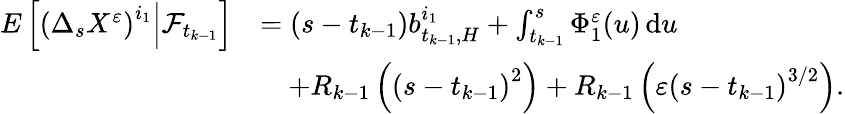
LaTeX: \begin{array}{rl}{E\left[\left(\Delta_{s}X^{\varepsilon}\right)^{i_{1}}\Big|\mathcal{F}_{t_{k-1}}\right]}&{=(s-t_{k-1})b_{t_{k-1},H}^{i_{1}}+\int_{t_{k-1}}^{s}\Phi_{1}^{\varepsilon}(u)\, \mathrm{d}u}\\ &{\quad+R_{k-1}\left(\left(s-t_{k-1}\right)^{2}\right)+R_{k-1}\left(\varepsilon\left(s-t_{k-1}\right)^{3/2}\right).}\end{array}